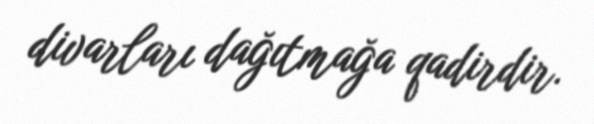
divarları dağıtmağa qadirdir.